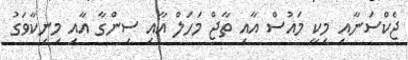
ޖެކްސަނާއި މިކީ މައުސް އާއި ތާޖް މަހަލް އާއި ސިންގާ އާއި މިނިކާވަގު